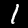
Digit: 1